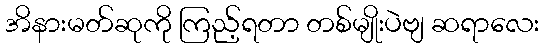
အိနားမတ်ဆုကို ကြည့်ရတာ တစ်မျိုးပဲဗျ ဆရာလေး